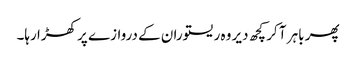
پھر باہر آ کر کچھ دیر وہ ریستوران کے دروازے پر کھڑا رہا۔